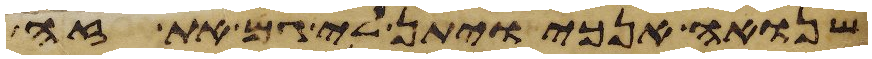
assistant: שנואה אנכי ויתן לי גם את זה